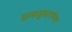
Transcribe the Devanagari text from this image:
ग्रामसुधारणेच्या